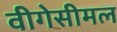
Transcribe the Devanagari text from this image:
वीगेसीमल